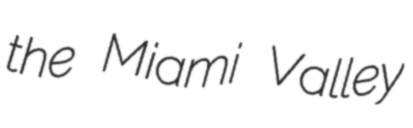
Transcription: the Miami Valley